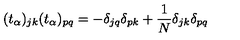
( t _ { \alpha } ) _ { j k } ( t _ { \alpha } ) _ { p q } = - \delta _ { j q } \delta _ { p k } + \frac { 1 } { N } \delta _ { j k } \delta _ { p q }